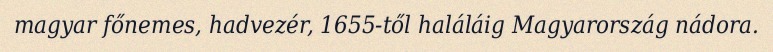
magyar főnemes, hadvezér, 1655-től haláláig Magyarország nádora.